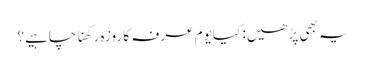
یہ بھی پڑھیں: کیا یوم عرفہ کا روزہ رکھنا چاہیے؟